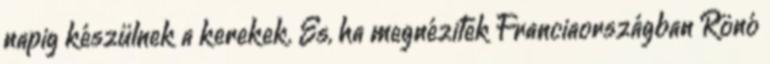
napig készülnek a kerekek. És, ha megnézitek Franciaországban Rönó